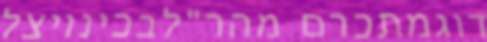
דוגמתכרם מהר"לבכינויצל